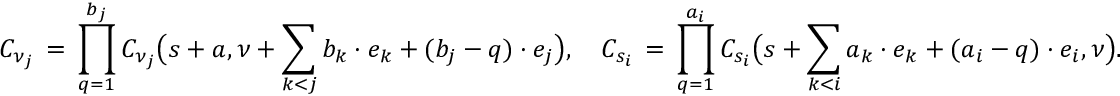
{ \cal C } _ { \nu _ { j } } \, = \, \prod _ { q = 1 } ^ { b _ { j } } C _ { \nu _ { j } } \big ( s + a , \nu + \sum _ { k < j } b _ { k } \cdot e _ { k } + ( b _ { j } - q ) \cdot e _ { j } \big ) , \quad { \cal C } _ { s _ { i } } \, = \, \prod _ { q = 1 } ^ { a _ { i } } C _ { s _ { i } } \big ( s + \sum _ { k < i } a _ { k } \cdot e _ { k } + ( a _ { i } - q ) \cdot e _ { i } , \nu \big ) .